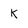
Character: K